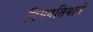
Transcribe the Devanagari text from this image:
वियनतियाने